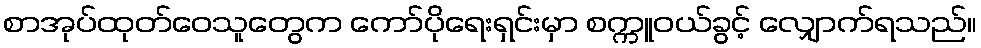
စာအုပ်ထုတ်ဝေသူတွေက ကော်ပိုရေးရှင်းမှာ စက္ကူဝယ်ခွင့် လျှောက်ရသည်။